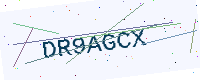
Text: DR9AGCX